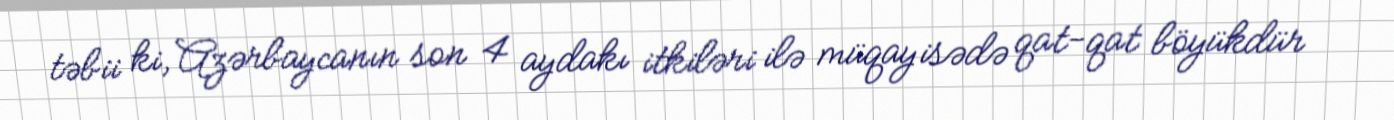
təbii ki, Azərbaycanın son 4 aydakı itkiləri ilə müqayisədə qat-qat böyükdür